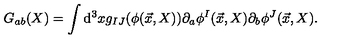
G _ { a b } ( X ) = \int \mathrm { d } ^ { 3 } x g _ { I J } ( \phi ( \vec { x } , X ) ) \partial _ { a } \phi ^ { I } ( \vec { x } , X ) \partial _ { b } \phi ^ { J } ( \vec { x } , X ) .